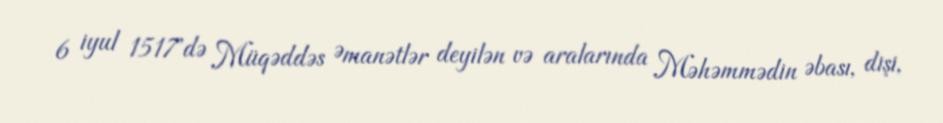
6 iyul 1517'də Müqəddəs Əmanətlər deyilən və aralarında Məhəmmədin əbası, dişi,